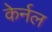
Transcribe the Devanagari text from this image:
केर्नल